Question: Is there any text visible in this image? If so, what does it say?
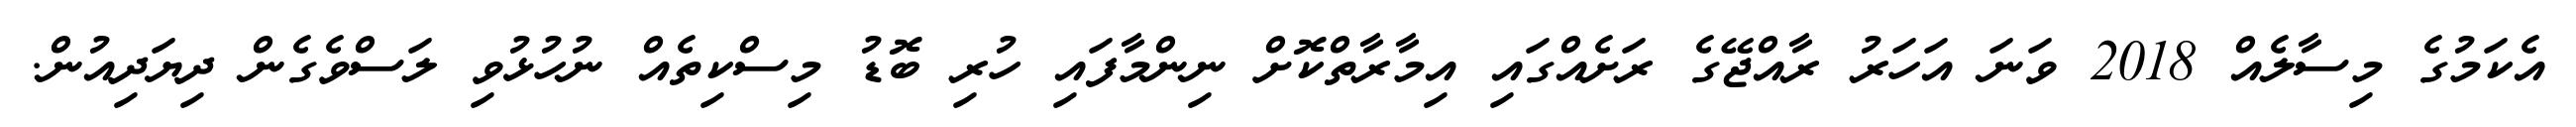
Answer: އެކަމުގެ މިސާލެއް 2018 ވަނަ އަހަރު ރާއްޖޭގެ ރަށެއްގައި އިމާރާތްކޮށް ނިންމާފައި ހުރި ބޮޑު މިސްކިތެއް ނުހުޅުވި ލަސްވެގެން ދިޔަދިއުން.